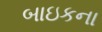
બાઇકના